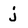
Character: j